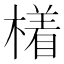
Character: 𣚰